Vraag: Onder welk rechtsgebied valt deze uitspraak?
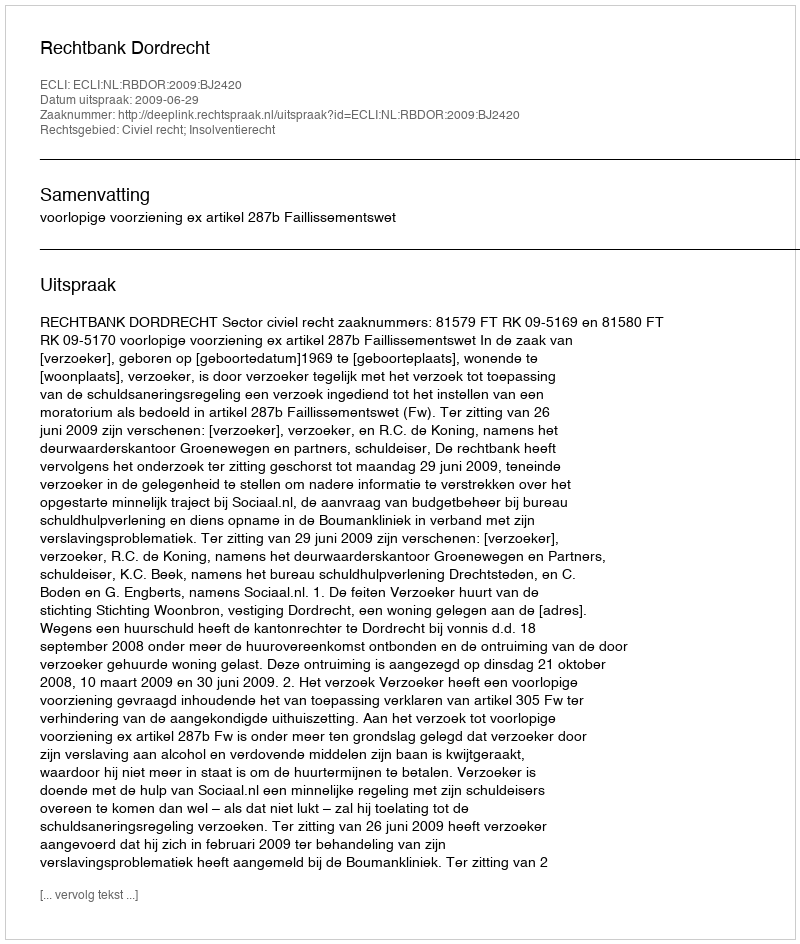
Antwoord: Civiel recht; Insolventierecht